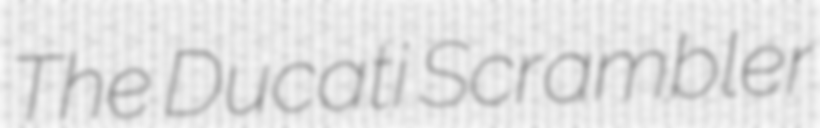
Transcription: The Ducati Scrambler